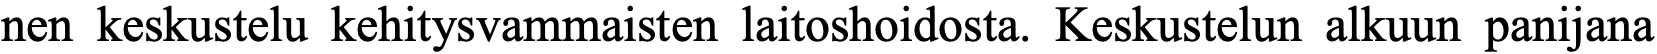
nen keskustelu kehitysvammaisten laitoshoidosta. Keskustelun alkuun panijana